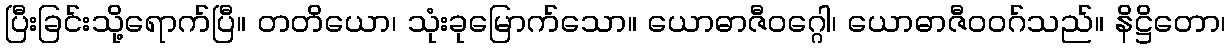
ပြီးခြင်းသို့ရောက်ပြီ။ တတိယော၊ သုံးခုမြောက်သော။ ယောဓာဇီဝဂ္ဂေါ၊ ယောဓာဇီဝဝဂ်သည်။ နိဋ္ဌိတော၊